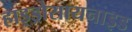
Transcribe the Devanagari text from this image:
हाइड्रोसायनाइड